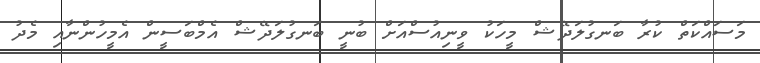
މަސައްކަތް ކުރާ ބަނގުލަދޭޝް މީހަކު ވީނިއުސްއަށް ބުނީ ބަނގުލަދޭޝް އެމްބަސީން އެމީހުންނާއި މެދު